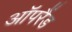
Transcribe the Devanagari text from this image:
ऑपरैंड